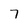
Character: 7